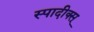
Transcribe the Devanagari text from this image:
स्पादीक्स्